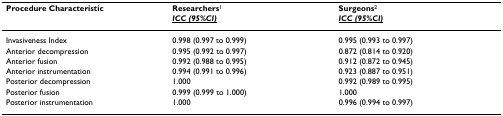
<table><thead><tr><td><b>Procedure Characteristic</b></td><td><b>Researchers<sup>1</sup></b></td><td><b>Surgeons<sup>2</sup></b></td></tr><tr><td></td><td><b><i><underline>ICC (95%CI)</underline></i></b></td><td><b><i><underline>ICC (95%CI)</underline></i></b></td></tr></thead><tbody><tr><td>Invasiveness Index</td><td>0.998 (0.997 to 0.999)</td><td>0.995 (0.993 to 0.997)</td></tr><tr><td>Anterior decompression</td><td>0.995 (0.992 to 0.997)</td><td>0.872 (0.814 to 0.920)</td></tr><tr><td>Anterior fusion</td><td>0.992 (0.988 to 0.995)</td><td>0.912 (0.872 to 0.945)</td></tr><tr><td>Anterior instrumentation</td><td>0.994 (0.991 to 0.996)</td><td>0.923 (0.887 to 0.951)</td></tr><tr><td>Posterior decompression</td><td>1.000</td><td>0.992 (0.989 to 0.995)</td></tr><tr><td>Posterior fusion</td><td>0.999 (0.999 to 1.000)</td><td>1.000</td></tr><tr><td>Posterior instrumentation</td><td>1.000</td><td>0.996 (0.994 to 0.997)</td></tr></tbody></table>